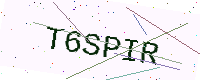
Text: T6SPIR